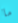
ما